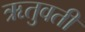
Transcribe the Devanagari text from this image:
ऋतुवती